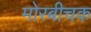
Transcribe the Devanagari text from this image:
मोरबीचक